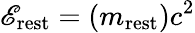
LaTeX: \mathscr{E}_{\mathrm{{rest}}}=(m_{\mathrm{{rest}}})c^{2}